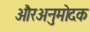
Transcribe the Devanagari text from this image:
औरअनुमोदक